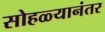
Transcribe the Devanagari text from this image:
सोहळ्यानंतर